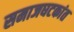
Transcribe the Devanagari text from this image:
समाजघटकांत